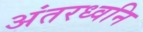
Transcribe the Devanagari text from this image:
अंतरध्वनि